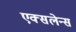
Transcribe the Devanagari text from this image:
एक्सलेन्स